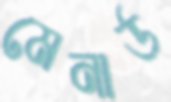
মেনার্ড